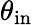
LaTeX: \theta_{\mathrm{in}}